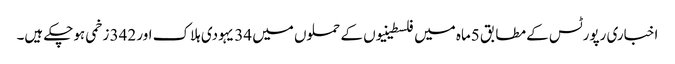
اخباری رپورٹس کے مطابق 5ماہ میں فلسطینیوں کے حملوں میں 34 یہودی ہلاک اور 342 زخمی ہوچکے ہیں۔